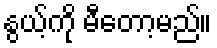
နွယ့်ကို မီတော့မည်။